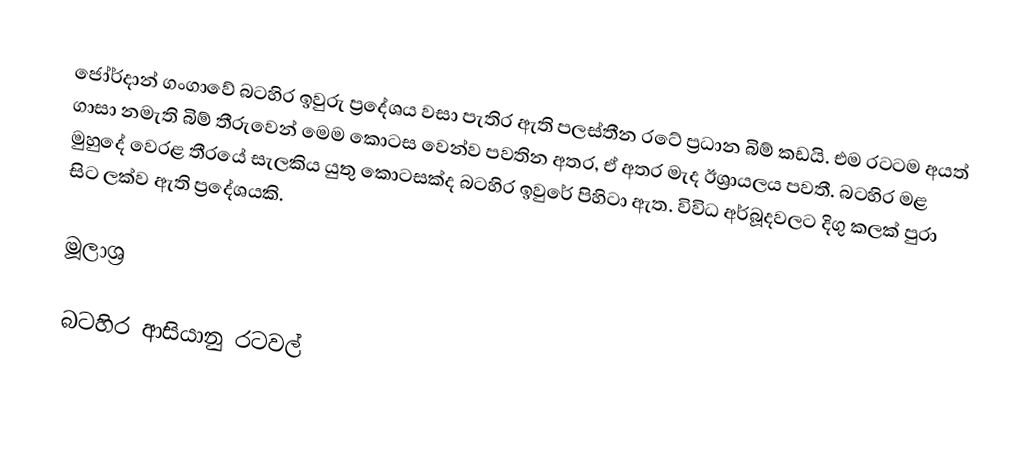
ජෝර්දාන් ගංගාවේ බටහිර ඉවුරු ප්‍රදේශය වසා පැතිර ඇති පලස්තීන රටේ ප්‍රධාන බිම් කඩයි. එම රටටම අයත් ගාසා නමැති බිම් තීරුවෙන් මෙම කොටස වෙන්ව පවතින අතර, ඒ අතර මැද ඊශ්‍රායලය පවතී.  බටහිර මළ මුහුදේ වෙරළ තීරයේ සැලකිය යුතු කොටසක්ද බටහිර ඉවුරේ පිහිටා ඇත. විවිධ අර්බූදවලට දිගු කලක් පුරා සිට ලක්ව ඇති ප්‍රදේශයකි.

මූලාශ්‍ර

බටහිර ආසියානු රටවල්